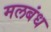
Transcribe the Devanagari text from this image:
मलबंध